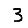
Digit: 3